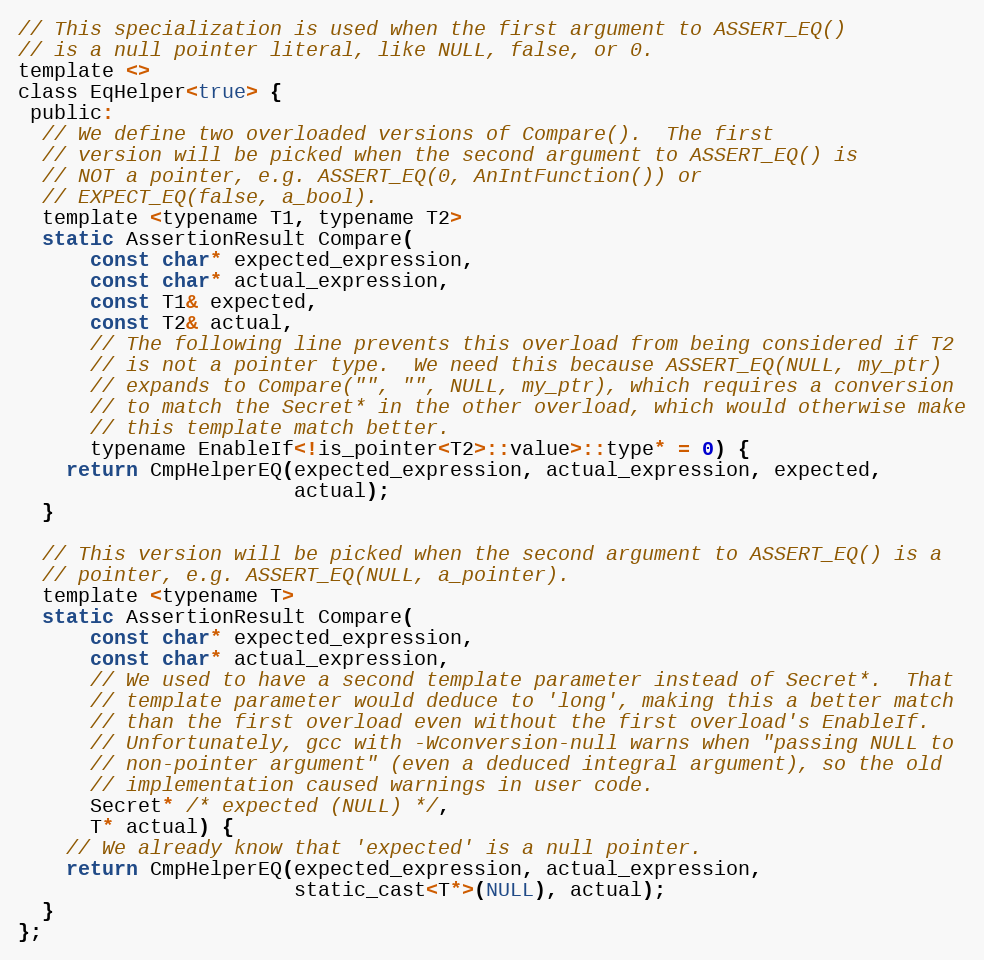
Language: C
// This specialization is used when the first argument to ASSERT_EQ()
// is a null pointer literal, like NULL, false, or 0.
template <>
class EqHelper<true> {
 public:
  // We define two overloaded versions of Compare().  The first
  // version will be picked when the second argument to ASSERT_EQ() is
  // NOT a pointer, e.g. ASSERT_EQ(0, AnIntFunction()) or
  // EXPECT_EQ(false, a_bool).
  template <typename T1, typename T2>
  static AssertionResult Compare(
      const char* expected_expression,
      const char* actual_expression,
      const T1& expected,
      const T2& actual,
      // The following line prevents this overload from being considered if T2
      // is not a pointer type.  We need this because ASSERT_EQ(NULL, my_ptr)
      // expands to Compare("", "", NULL, my_ptr), which requires a conversion
      // to match the Secret* in the other overload, which would otherwise make
      // this template match better.
      typename EnableIf<!is_pointer<T2>::value>::type* = 0) {
    return CmpHelperEQ(expected_expression, actual_expression, expected,
                       actual);
  }

  // This version will be picked when the second argument to ASSERT_EQ() is a
  // pointer, e.g. ASSERT_EQ(NULL, a_pointer).
  template <typename T>
  static AssertionResult Compare(
      const char* expected_expression,
      const char* actual_expression,
      // We used to have a second template parameter instead of Secret*.  That
      // template parameter would deduce to 'long', making this a better match
      // than the first overload even without the first overload's EnableIf.
      // Unfortunately, gcc with -Wconversion-null warns when "passing NULL to
      // non-pointer argument" (even a deduced integral argument), so the old
      // implementation caused warnings in user code.
      Secret* /* expected (NULL) */,
      T* actual) {
    // We already know that 'expected' is a null pointer.
    return CmpHelperEQ(expected_expression, actual_expression,
                       static_cast<T*>(NULL), actual);
  }
};